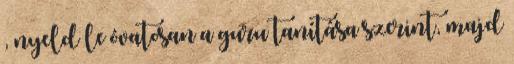
, nyeld le óvatosan a guru tanítása szerint, majd